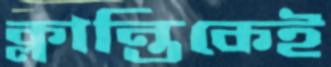
ক্লান্তিকেই